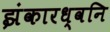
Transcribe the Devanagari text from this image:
झंकारध्वनि